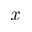
\it { \Delta } x